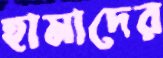
হামাদের